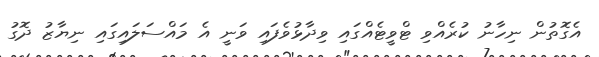
އެގޮތުން ނިހާނު ކުރެއްވި ޓްވީޓެއްގައި ވިދާޅުވެފައި ވަނީ އެ މައްސަލައިގައި ނިޔާޒު ދޮގު